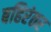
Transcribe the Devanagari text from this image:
बहिरंतर